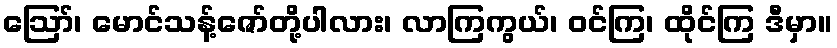
ဪ၊ မောင်သန့်ဇော်တို့ပါလား၊ လာကြကွယ်၊ ဝင်ကြ၊ ထိုင်ကြ ဒီမှာ။